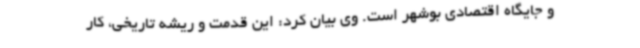
و جایگاه اقتصادی بوشهر است. وی بیان کرد: این قدمت و ریشه تاریخی، کار